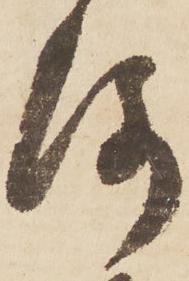
洛